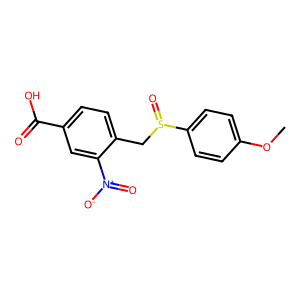
SMILES: COc1ccc(S(=O)Cc2ccc(C(=O)O)cc2[N+](=O)[O-])cc1
Inhibits HIV replication: No